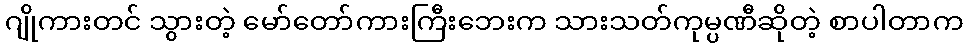
ဂျိုကားတင် သွားတဲ့ မော်တော်ကားကြီးဘေးက သားသတ်ကုမ္ပဏီဆိုတဲ့ စာပါတာက